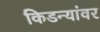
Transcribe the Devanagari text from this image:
किडन्यांवर